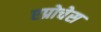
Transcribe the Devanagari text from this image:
एप्रोचेस